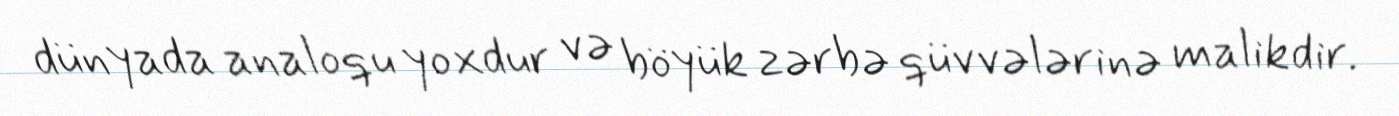
dünyada analoqu yoxdur və böyük zərbə qüvvələrinə malikdir.